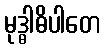
မုဒ္ဓါဓိပါတေ